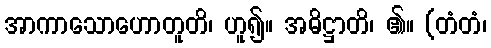
အာကာသောဟောတူတိ၊ ဟူ၍။ အဓိဋ္ဌာတိ၊ ၏။ (တံတံ၊